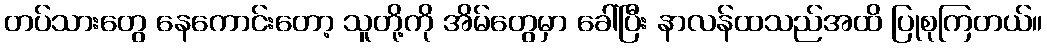
တပ်သားတွေ နေကောင်းတော့ သူတို့ကို အိမ်တွေမှာ ခေါ်ပြီး နာလန်ထသည်အထိ ပြုစုကြတယ်။